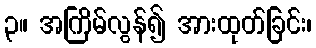
၃။ အကြိမ်လွန်၍ အားထုတ်ခြင်း၊